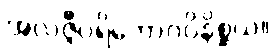
အလဇ္ဇီပရိဘောဂဝိနိစ္ဆယ။